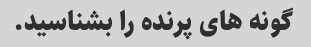
گونه های پرنده را بشناسید.